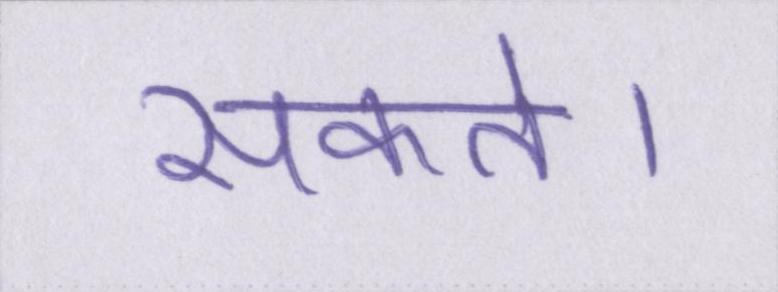
सकते।